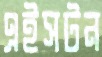
এইসটন